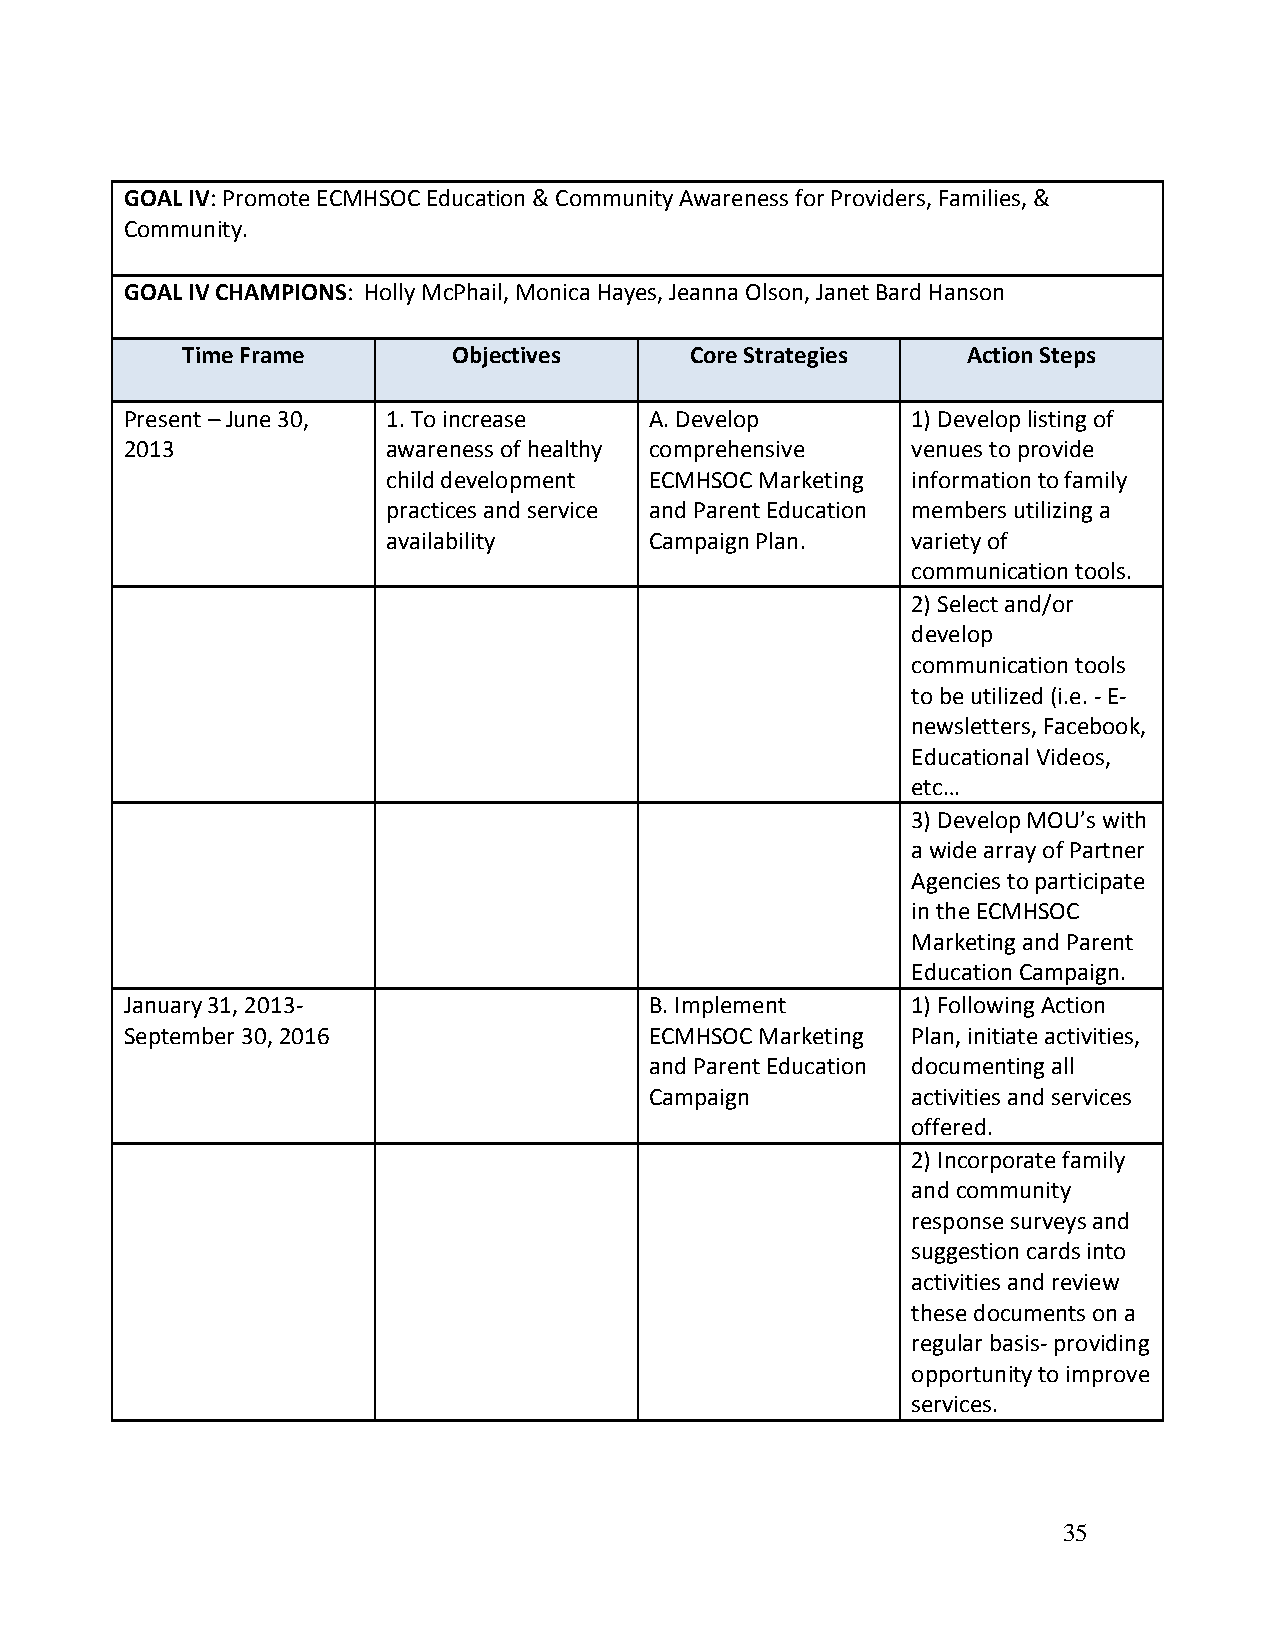
GOAL IV: Promote ECMHSOC Education & Community Awareness for Providers, Families, &
 Community.
 GOAL IV CHAMPIONS: Holly McPhail, Monica Hayes, Jeanna Olson, Janet Bard Hanson
 Time Frame        Objectives      Core Strategies   Action Steps
 Present – June 30, 1. To increase  A. Develop       1) Develop listing of
 2013              awareness of healthy comprehensive venues to provide
 child development ECMHSOC Marketing information to family
 practices and service and Parent Education members utilizing a
 availability     Campaign Plan.   variety of
 communication tools.
 2) Select and/or
 develop
 communication tools
 to be utilized (i.e. - E-
 newsletters, Facebook,
 Educational Videos,
 etc…
 3) Develop MOU’s with
 a wide array of Partner
 Agencies to participate
 in the ECMHSOC
 Marketing and Parent
 Education Campaign.
 January 31, 2013-                  B. Implement     1) Following Action
 September 30, 2016                 ECMHSOC Marketing Plan, initiate activities,
 and Parent Education documenting all
 Campaign         activities and services
 offered.
 2) Incorporate family
 and community
 response surveys and
 suggestion cards into
 activities and review
 these documents on a
 regular basis- providing
 opportunity to improve
 services.
 35